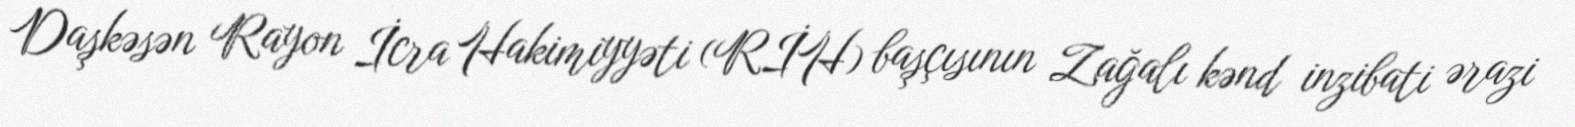
Daşkəsən Rayon İcra Hakimiyyəti (RİH) başçısının Zağalı kənd inzibati ərazi